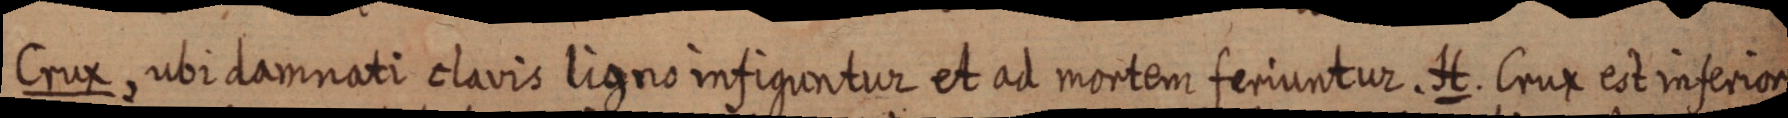
Crux, ubi damnati clavis ligno infiguntur et ad mortem feriuntur. H. Crux est inferior